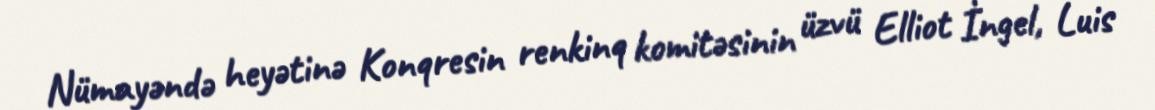
Nümayəndə heyətinə Konqresin renkinq komitəsinin üzvü Elliot İngel, Luis